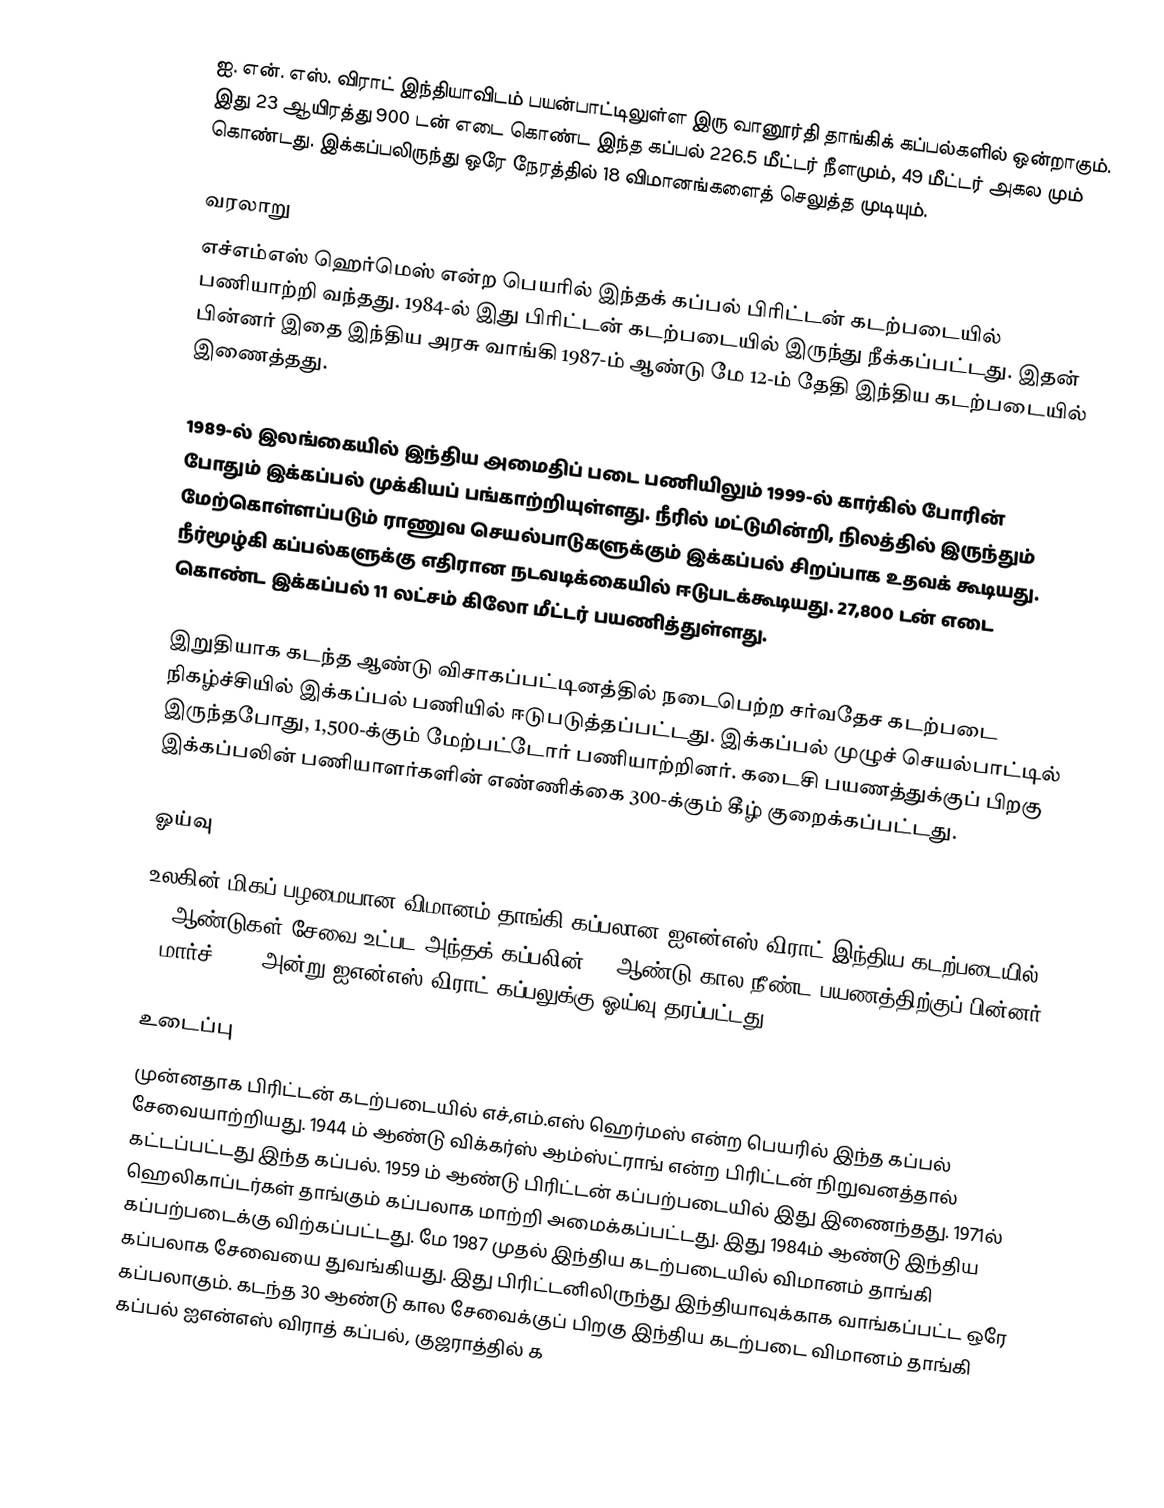
ஐ. என். எஸ். விராட் இந்தியாவிடம் பயன்பாட்டிலுள்ள இரு வானூர்தி தாங்கிக் கப்பல்களில் ஒன்றாகும். இது 23 ஆயிரத்து 900 டன் எடை கொண்ட இந்த கப்பல் 226.5 மீட்டர் நீளமும், 49 மீட்டர் அகல மும் கொண்டது. இக்கப்பலிருந்து ஒரே நேரத்தில் 18 விமானங்களைத் செலுத்த முடியும்.

வரலாறு
எச்எம்எஸ் ஹெர்மெஸ்  என்ற பெயரில் இந்தக் கப்பல் பிரிட்டன் கடற்படையில் பணியாற்றி வந்தது. 1984-ல் இது பிரிட்டன் கடற்படையில் இருந்து நீக்கப்பட்டது. இதன் பின்னர் இதை இந்திய அரசு வாங்கி 1987-ம் ஆண்டு மே 12-ம் தேதி இந்திய கடற்படையில் இணைத்தது.

1989-ல் இலங்கையில் இந்திய அமைதிப் படை பணியிலும் 1999-ல் கார்கில் போரின் போதும் இக்கப்பல் முக்கியப் பங்காற்றியுள்ளது. நீரில் மட்டுமின்றி, நிலத்தில் இருந்தும் மேற்கொள்ளப்படும் ராணுவ செயல்பாடுகளுக்கும் இக்கப்பல் சிறப்பாக உதவக் கூடியது. நீர்மூழ்கி கப்பல்களுக்கு எதிரான நடவடிக்கையில் ஈடுபடக்கூடியது.  27,800 டன் எடை கொண்ட இக்கப்பல் 11 லட்சம் கிலோ மீட்டர் பயணித்துள்ளது.

இறுதியாக கடந்த ஆண்டு விசாகப்பட்டினத்தில் நடைபெற்ற சர்வதேச கடற்படை நிகழ்ச்சியில் இக்கப்பல் பணியில் ஈடுபடுத்தப்பட்டது. இக்கப்பல் முழுச் செயல்பாட்டில் இருந்தபோது, 1,500-க்கும் மேற்பட்டோர் பணியாற்றினர். கடைசி பயணத்துக்குப் பிறகு இக்கப்பலின் பணியாளர்களின் எண்ணிக்கை 300-க்கும் கீழ் குறைக்கப்பட்டது.

ஓய்வு
உலகின் மிகப் பழமையான விமானம் தாங்கி கப்பலான ஐஎன்எஸ் விராட்  இந்திய கடற்படையில் 30 ஆண்டுகள் சேவை உட்பட அந்தக் கப்பலின் 55 ஆண்டு கால நீண்ட பயணத்திற்குப் பின்னர் 6 மார்ச் 2017 அன்று ஐஎன்எஸ் விராட் கப்பலுக்கு ஓய்வு தரப்பட்டது.

உடைப்பு
முன்னதாக பிரிட்டன் கடற்படையில் எச்,எம்.எஸ் ஹெர்மஸ் என்ற பெயரில் இந்த கப்பல் சேவையாற்றியது. 1944 ம் ஆண்டு விக்கர்ஸ் ஆம்ஸ்ட்ராங் என்ற பிரிட்டன் நிறுவனத்தால் கட்டப்பட்டது இந்த கப்பல். 1959 ம் ஆண்டு பிரிட்டன் கப்பற்படையில் இது இணைந்தது. 1971ல் ஹெலிகாப்டர்கள் தாங்கும் கப்பலாக மாற்றி அமைக்கப்பட்டது. இது 1984ம் ஆண்டு இந்திய கப்பற்படைக்கு விற்கப்பட்டது. மே 1987 முதல் இந்திய கடற்படையில் விமானம் தாங்கி கப்பலாக சேவையை துவங்கியது. இது பிரிட்டனிலிருந்து இந்தியாவுக்காக வாங்கப்பட்ட ஒரே கப்பலாகும். கடந்த 30 ஆண்டு கால சேவைக்குப் பிறகு இந்திய கடற்படை விமானம் தாங்கி கப்பல் ஐஎன்எஸ் விராத் கப்பல், குஜராத்தில் க